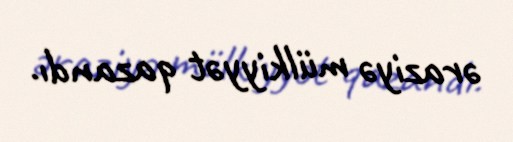
əraziyə mülkiyyət qazandı.